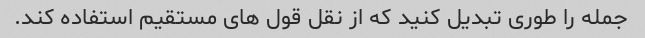
جمله را طوری تبدیل کنید که از نقل قول های مستقیم استفاده کند.